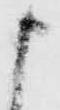
申